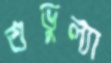
শুভুল্যা